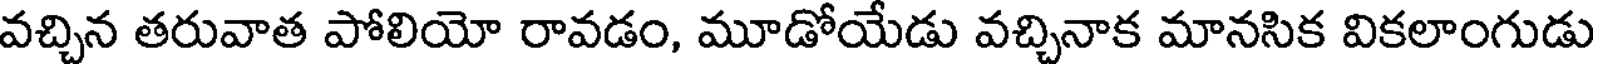
వచ్చిన తరువాత పోలియో రావడం, మూడోయేడు వచ్చినాక మానసిక వికలాంగుడు